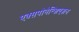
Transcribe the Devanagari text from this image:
एक्सपोनेन्शिएशन